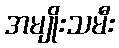
အမျိုးသမီး